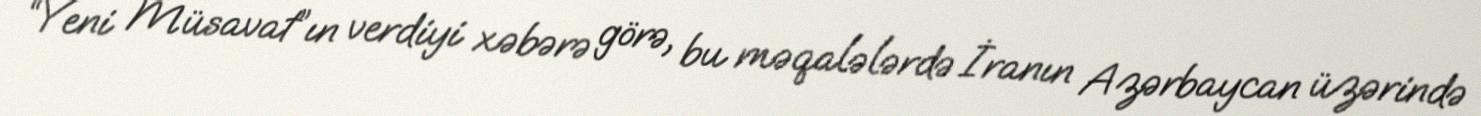
“Yeni Müsavat”ın verdiyi xəbərə görə, bu məqalələrdə İranın Azərbaycan üzərində